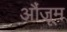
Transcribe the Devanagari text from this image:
औंजूम